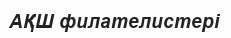
АҚШ филателистері